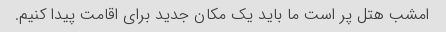
امشب هتل پر است ما باید یک مکان جدید برای اقامت پیدا کنیم.